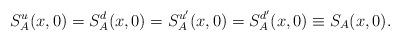
LaTeX: \begin{align*}S_A^u(x,0) = S_A^d(x,0) = S_A^{u'}(x,0) = S_A^{d'}(x,0) \equiv S_A(x,0).\end{align*}